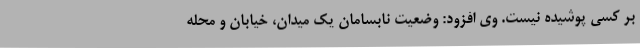
بر کسی پوشیده نیست. وی افزود: وضعیت نابسامان یک میدان، خیابان و محله